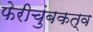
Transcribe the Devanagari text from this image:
फेरीचुंबकत्व